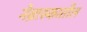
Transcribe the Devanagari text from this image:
नेब्रास्कातील